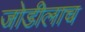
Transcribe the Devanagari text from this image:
जोडीलाच